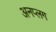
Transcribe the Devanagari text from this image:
अनप्लग